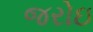
જરોઇ